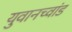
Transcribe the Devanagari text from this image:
युवानच्वांड